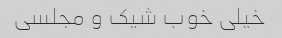
خیلی خوب شیک و مجلسی